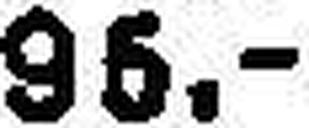
96.—